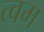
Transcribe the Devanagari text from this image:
त्वम